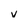
Character: v